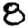
Digit: 8